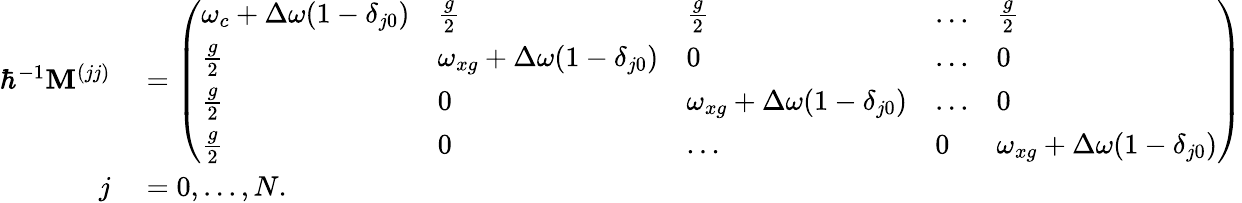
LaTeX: \begin{array}{rl}{\hbar^{-1}\mathbf{M}^{(jj)}}&{{}=\left(\begin{array}{lllll}{\omega_{c}+\Delta\omega(1-\delta_{j0})}&{\frac{g}{2}}&{\frac{g}{2}}&{...}&{\frac{g}{2}}\\ {\frac{g}{2}}&{\omega_{xg}+\Delta\omega(1-\delta_{j0})}&{0}&{...}&{0}\\ {\frac{g}{2}}&{0}&{\omega_{xg}+\Delta\omega(1-\delta_{j0})}&{...}&{0}\\ {\frac{g}{2}}&{0}&{...}&{0}&{\omega_{xg}+\Delta\omega(1-\delta_{j0})}\end{array}\right)}\\ {j}&{{}=0,...,N.}\end{array}